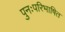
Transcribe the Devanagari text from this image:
पुनःपरिभाषित